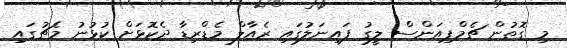
މި ގޮތުން ޗެމްޕިއަންސް ލީގު ފައިނަލުގައި ރެއާލް މެޑްރިޑާ ދެކޮޅަށް ކުޅުނު މެޗުގައި